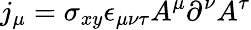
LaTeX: j_{\mu}=\sigma_{xy}\epsilon_{\mu\nu\tau}A^{\mu}\partial^{\nu}A^{\tau}